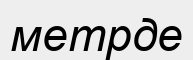
метрде